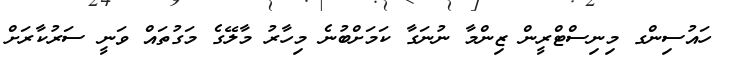
ހައުސިންގ މިނިސްޓްރީން ޒިންމާ ނުނަގާ ކަމަށްބުނެ މިހާރު މާލޭގެ މަގުތައް ވަނީ ސަރުކާރަށް